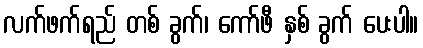
လက်ဖက်ရည် တစ် ခွက်၊ ကော်ဖီ နှစ် ခွက် ပေးပါ။